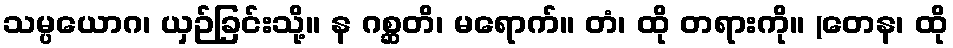
သမ္ပယောဂ၊ ယှဉ်ခြင်းသို့။ န ဂစ္ဆတိ၊ မရောက်။ တံ၊ ထို တရားကို။ (တေန၊ ထို